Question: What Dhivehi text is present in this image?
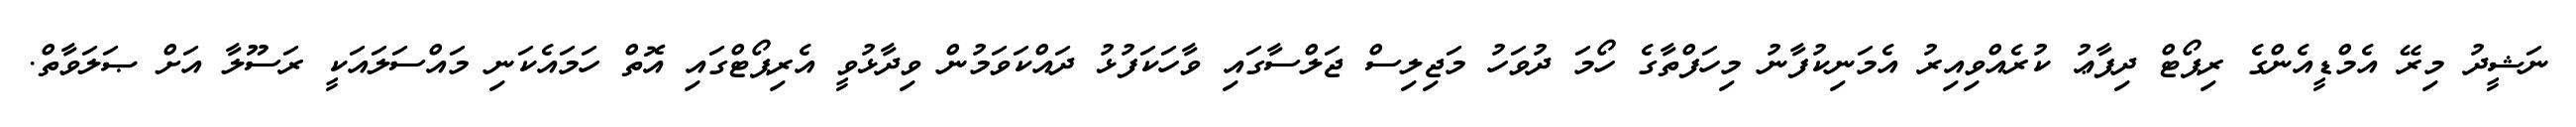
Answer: ނަޝީދު މިރޭ އެމްޑީއެންގެ ރިޕޯޓް ދިފާޢު ކުރެއްވިއިރު އެމަނިކުފާނު މިހަފްތާގެ ހޯމަ ދުވަހު މަޖިލިސް ޖަލްސާގައި ވާހަކަފުޅު ދައްކަވަމުން ވިދާޅުވީ އެރިޕޯޓްގައި އޮތް ހަމައެކަނި މައްސަލައަކީ ރަސޫލާ އަށް ޞަލަވާތް.